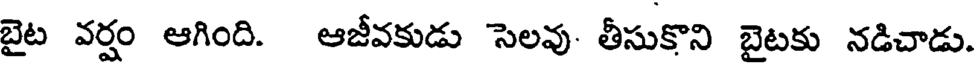
బైట వర్షం ఆగింది. ఆజీవకుడు సెలవు. తీసుకొని బైటకు నడిచాడు.